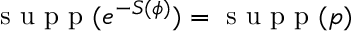
\textrm { s u p p } ( e ^ { - S ( \phi ) } ) = \textrm { s u p p } ( p )